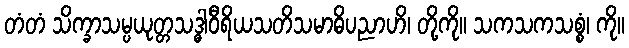
တံတံ သိက္ခာသမ္ပယုတ္တသဒ္ဓါဝီရိယသတိသမာဓိပညာဟိ၊ တို့ကို။ သကသကသစ္စံ၊ ကို။